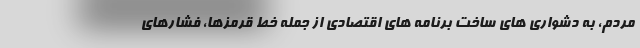
مردم، به دشواری های ساخت برنامه های اقتصادی از جمله خط قرمزها، فشارهای